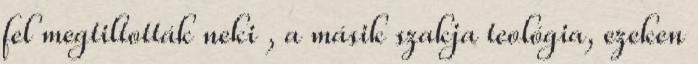
fel megtiltották neki , a másik szakja teológia, ezeken